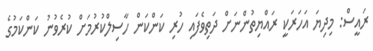
ރައީސް: މިދިޔަ އަހަރަކީ ރައްޔިތުންނަށް ދަތިވެފައި ހުރި ކަންކަން ހާސިލްކުރުމަށް ކުރެވުނު ކަންކަމުގެ